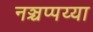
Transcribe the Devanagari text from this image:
नञ्चप्पय्या